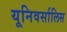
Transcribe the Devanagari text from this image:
यूनिवर्सालिस